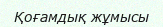
Қоғамдық жұмысы